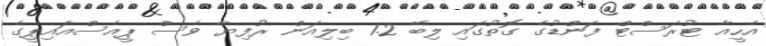
އެހީއާ ޓުރަސްޓް ފަންޑުގެ ގޮތުގައި ލިބޭ 1.2 ބިލިއަން ރުފިޔާ ވެސް ޕީއެސްއައިޕީގެ